Insane asylums in Bengal annual reports 1867-1875 - 1867-1875
Year: 1867
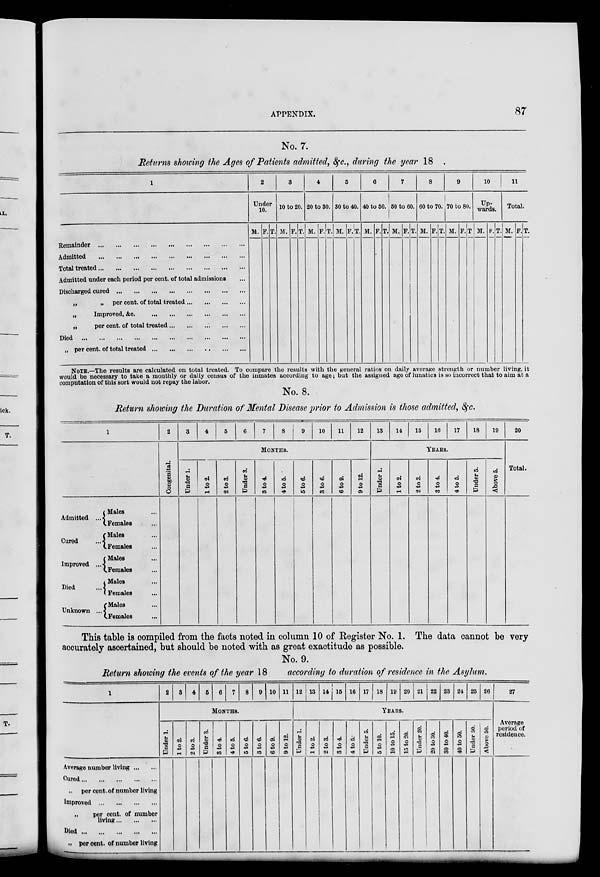
APPENDIX.
87
No. 7.
Returns showing the Ages of Patients admitted, &c., during the year 18
1
Remainder
...
...
...
...
...
...
...
...
...
Admitted
...
...
...
...
...
...
...
...
...
Total treated ... ... ... ... ... ... ... ... ...
Admitted under each period per cent. of total admissions
Discharged cured ... ... ... ... ... ... ... ... ...
„
„ per cent. of total treated ... ... ... ...
„
Improved, &c.
...
...
...
...
...
...
„
per cent. of total treated ... ... ... ... ...
Died
...
...
...
...
...
...
...
...
...
...
„ per cent. of total treated ... ... ... ... ... ...
2
Under
10.
M. F. T.
3
10 to 20.
M. F. T.
4
20 to 30.
M. F. T.
5
30 to 40.
M. F. T.
6
40 to 50.
M. F. T.
7
50 to 60.
M. F. T.
8
60 to 70.
M. F. T.
9
70 to 80.
M. F. T
10
Up-
wards.
M. F. T.
11
Total.
M. F. T.
NOTE.—The results are calculated on total treated. To compare the results with the general ratios on daily average strength or number living, it
would be necessary to take a monthly or daily census of the inmates according to age; but the assigned age of lunatics is so incorrect that to aim at a
computation of this sort would not repay the labor.
No. 8.
Return showing the Duration of Mental Disease prior to Admission is those admitted, &c.
1
Admitted ...
Cured ...
Improved ...
Died ...
Unknown ...
Males ...
Females ...
Males ...
Females ...
Males ...
Females ...
Males ...
Females ...
Males ...
Females ...
2
Congenital.
3
4
5
6
7
8
9
10
11
12
MONTHS.
Under 1.
1 to 2.
2 to 3.
Under 3.
3 to 4.
4 to 5.
5 to 6.
3 to 6.
6 to 9.
9 to 12.
13
14
15
16
17
18
19
YEARS.
Under 1.
1 to 2.
2 to 3.
3 to 4.
4 to 5.
Under 5.
Above 5.
20
Total.
This table is compiled from the facts noted in column 10 of Register No. 1. The data cannot be very
accurately ascertained, but should be noted with as great exactitude as possible.
No. 9.
Return showing the events of the year 18
according to duration of residence in the Asylum.
1
Average number living ... ...
Cured ... ... ... ... ...
„ per cent. of number living
Improved ... ... ... ...
„
per cent. of number
living ... ... ...
Died ... ... ... ... ...
„ per cent. of number living
2 3 4 5 6 7 8 9 10 11
MONTHS.
Under 1.
1 to 2.
2 to 3.
Under 3.
3 to 4.
4 to 5.
5 to 6.
3 to 6.
6 to 9.
9 to 12.
12 13 14 15 16 17 18 19 20 21 22 23 24 25 26
YEARS.
Under 1.
1 to 2.
2 to 3.
3 to 4.
4 to 5.
Under 5.
5 to 10.
10 to 15.
15 to 20.
Under 20.
20 to 30.
30 to 40.
40 to 50.
Under 50.
Above 50.
27
Average
period of
residence.